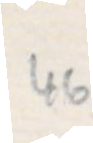
46